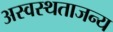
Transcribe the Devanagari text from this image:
अस्वस्थताजन्य